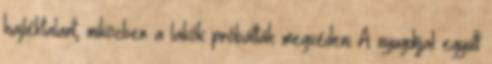
hajléktalant, miközben a lakók próbálták megvédeni A nyugdíjjal együtt